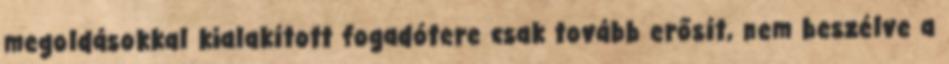
megoldásokkal kialakított fogadótere csak tovább erősít, nem beszélve a